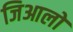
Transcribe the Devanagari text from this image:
जिआलो